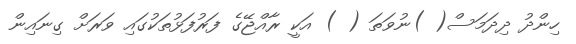
ހިންދު ދިދަމަސް( )ނުވަތަ ( ) އަކީ ރާއްޖޭގެ ފަރުފަޅުތަކުގައި ވަރަށް ގިނައިން